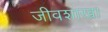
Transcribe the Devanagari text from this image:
जीवशाखा